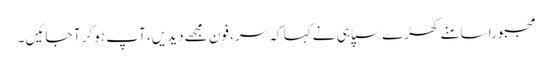
مجبورا سامنے کھڑے سپاہی نے کہا کہ سر، فون مجھے دیدیں، آپ ہو کر آ جائیں ۔